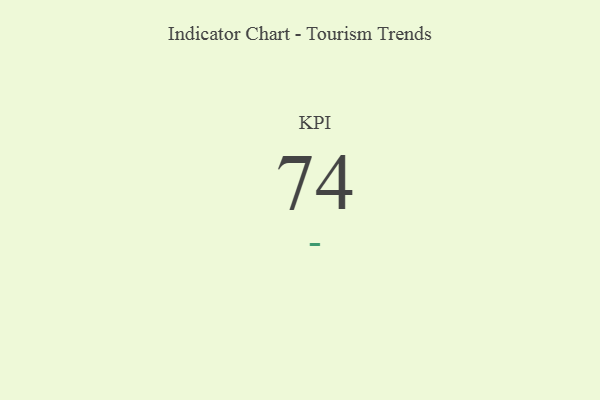
{"axis": {"x": "KPI", "y": "Value"}, "legend": [""], "data": [{"x": "KPI", "y": 74, "type": ""}]}